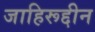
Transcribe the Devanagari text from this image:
जाहिरूद्दीन